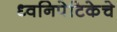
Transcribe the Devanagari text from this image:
ध्वनिपेटिकेचे